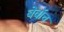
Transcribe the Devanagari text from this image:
बेवॉच